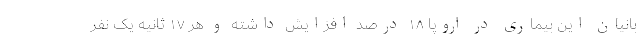
بانیان این بیماری در اروپا ۱۸ درصد افزایش داشته و هر ۱۷ ثانیه یک نفر